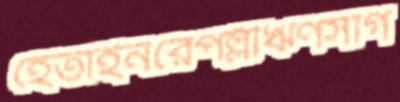
হেতাইনরেপল্লীঋণসাগ